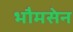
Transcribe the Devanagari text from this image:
भौमसेन